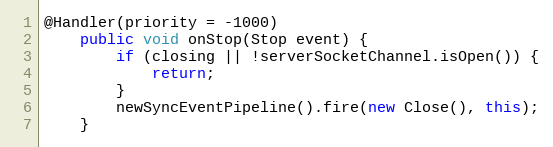
Language: Java
@Handler(priority = -1000)
    public void onStop(Stop event) {
        if (closing || !serverSocketChannel.isOpen()) {
            return;
        }
        newSyncEventPipeline().fire(new Close(), this);
    }